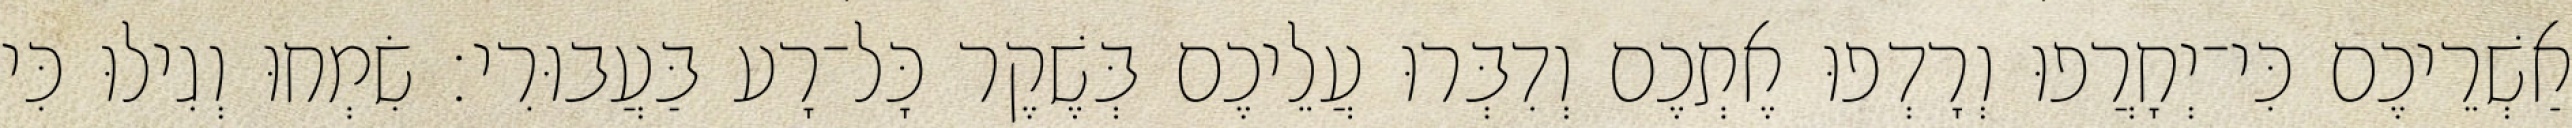
אַשְׁרֵיכֶם כִּי־יְחָרֲפוּ וְרָדְפוּ אֶתְכֶם וְדִבְּרוּ עֲלֵיכֶם בְּשֶׁקֶר כָּל־רָע בַּעֲבוּרִי׃ שִׂמְחוּ וְגִילוּ כִּי